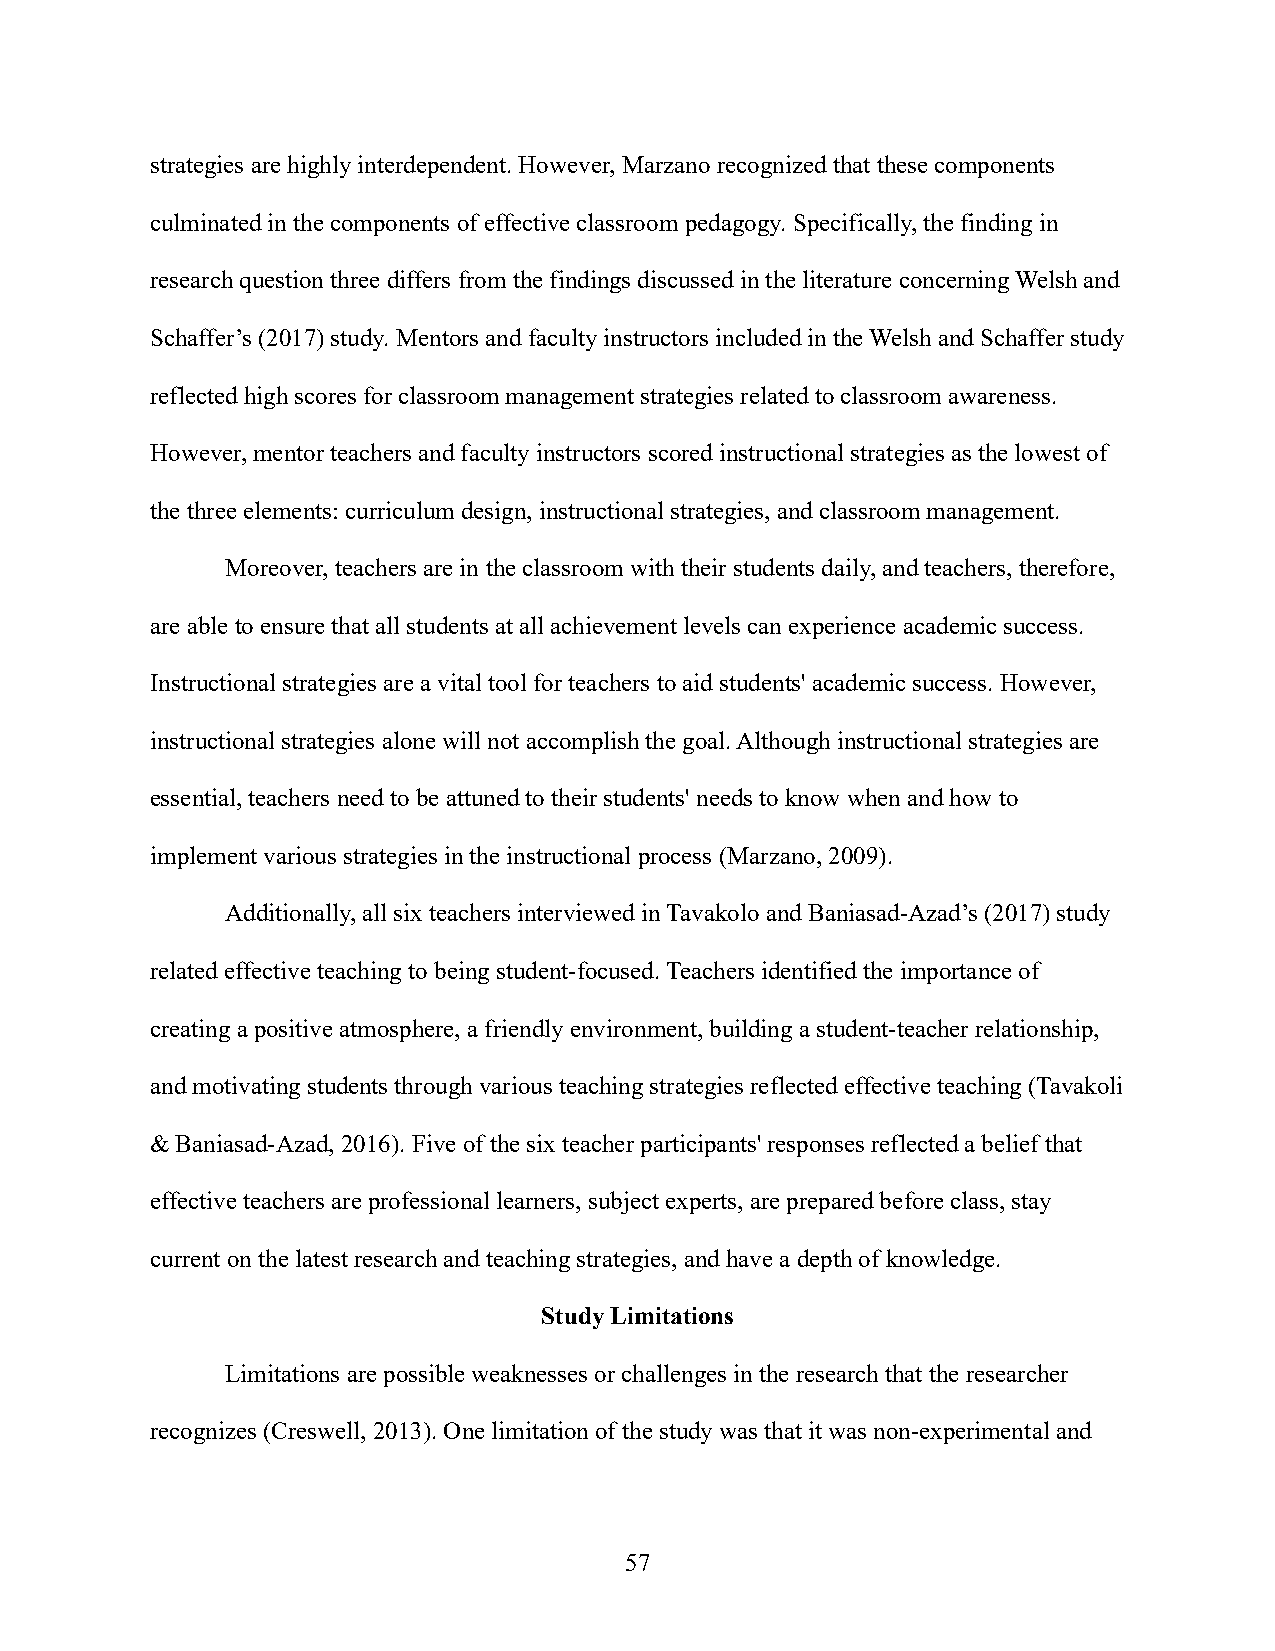
strategies are highly interdependent. However, Marzano recognized that these components
 culminated in the components of effective classroom pedagogy. Specifically, the finding in
 research question three differs from the findings discussed in the literature concerning Welsh and
 Schaffer’s (2017) study. Mentors and faculty instructors included in the Welsh and Schaffer study
 reflected high scores for classroom management strategies related to classroom awareness.
 However, mentor teachers and faculty instructors scored instructional strategies as the lowest of
 the three elements: curriculum design, instructional strategies, and classroom management.
 Moreover, teachers are in the classroom with their students daily, and teachers, therefore,
 are able to ensure that all students at all achievement levels can experience academic success.
 Instructional strategies are a vital tool for teachers to aid students' academic success. However,
 instructional strategies alone will not accomplish the goal. Although instructional strategies are
 essential, teachers need to be attuned to their students' needs to know when and how to
 implement various strategies in the instructional process (Marzano, 2009).
 Additionally, all six teachers interviewed in Tavakolo and Baniasad-Azad’s (2017) study
 related effective teaching to being student-focused. Teachers identified the importance of
 creating a positive atmosphere, a friendly environment, building a student-teacher relationship,
 and motivating students through various teaching strategies reflected effective teaching (Tavakoli
 & Baniasad-Azad, 2016). Five of the six teacher participants' responses reflected a belief that
 effective teachers are professional learners, subject experts, are prepared before class, stay
 current on the latest research and teaching strategies, and have a depth of knowledge.
 Study Limitations
 Limitations are possible weaknesses or challenges in the research that the researcher
 recognizes (Creswell, 2013). One limitation of the study was that it was non-experimental and
 57